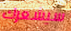
سيشعرك